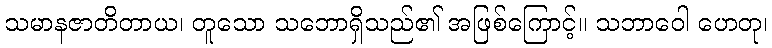
သမာနဇာတိတာယ၊ တူသော သဘောရှိသည်၏ အဖြစ်ကြောင့်။ သဘာဝေါ ဟေတု၊